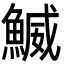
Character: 鰄